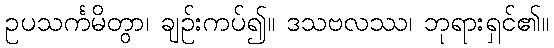
ဥပသင်္ကမိတွာ၊ ချဉ်းကပ်၍။ ဒသဗလဿ၊ ဘုရားရှင်၏။